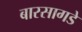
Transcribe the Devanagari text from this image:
बारसागडे